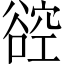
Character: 谾